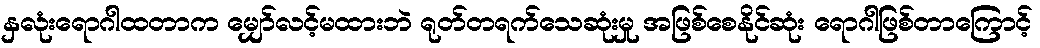
နှလုံးရောဂါထတာက မျှော်လင့်မထားဘဲ ရုတ်တရက်သေဆုံးမှု အဖြစ်စေနိုင်ဆုံး ရောဂါဖြစ်တာကြောင့်